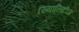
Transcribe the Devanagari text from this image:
रियालिटीज